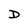
Character: D